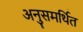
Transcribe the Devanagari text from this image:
अनुसमर्थित